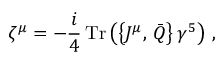
\zeta ^ { \mu } = - \frac { i } { 4 } \, \mathrm { T r } \left( \left\{ J ^ { \mu } , \, \bar { Q } \right\} \gamma ^ { 5 } \right) \, ,